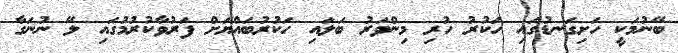
ބޭނުމަކީ ހަށިގަނޑުގައި ހަކުރު ހުރި މިންވަރު ބަލައި ހަކުރުބައްޔަށް ފަރުވާކުރުމުގައި ލޭ ނުނަގާ